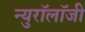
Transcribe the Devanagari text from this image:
न्युरॉलॉजी